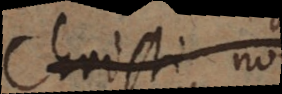
Christi non